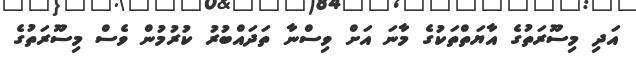
އަދި މިސޫރަތުގެ އާޔަތްތަކުގެ މާނަ އަށް ވިސްނާ ތަދައްބުރު ކުރުމުން ވެސް މިސޫރަތުގެ